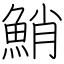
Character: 鮹